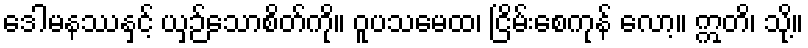
ဒေါမနဿနှင့် ယှဉ်သောစိတ်ကို။ ဝူပသမေထ၊ ငြိမ်းစေကုန် လော့။ ဣတိ၊ သို့။